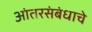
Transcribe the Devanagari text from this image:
आंतरसंबंधाचे